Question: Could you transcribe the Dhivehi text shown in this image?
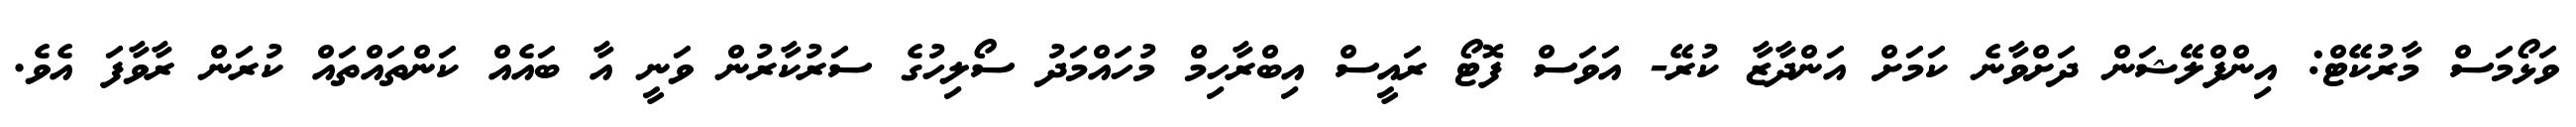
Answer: ވަޅޯމަސް މާރުކޭޓް: އިންފްލޭޝަން ދަށްވާނެ ކަމަށް އަންދާޒާ ކުރޭ- އަވަސް ފޮޓޯ ރައީސް އިބްރާހިމް މުހައްމަދު ސޯލިހުގެ ސަރުކާރުން ވަނީ އާ ބައެއް ކަންތައްތައް ކުރަން ރާވާފަ އެވެ.